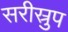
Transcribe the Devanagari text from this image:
सरीस्रुप